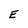
Character: E